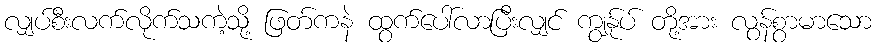
လျှပ်စီးလက်လိုက်သကဲ့သို့ ဖြတ်ကနဲ ထွက်ပေါ်လာပြီးလျှင် ကျွန်ုပ် တို့အား လွန်စွာမာသော